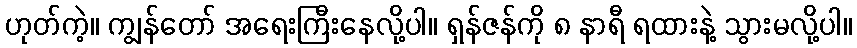
ဟုတ်ကဲ့။ ကျွန်တော် အရေးကြီးနေလို့ပါ။ ရှန်ဇန်ကို ၈ နာရီ ရထားနဲ့ သွားမလို့ပါ။